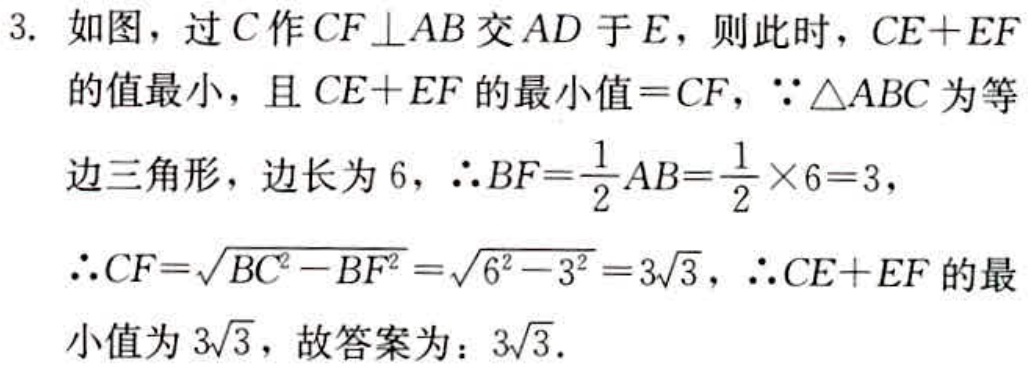
3. 如图，过\(C\)作\(CF\perp AB\)交\(AD\)于\(E\)，则此时，\(CE + EF\)的值最小，且\(CE + EF\)的最小值\(=CF\)，\(\because\triangle ABC\)为等边三角形，边长为\(6\)，\(\therefore BF = \frac{1}{2}AB=\frac{1}{2}\times6 = 3\)，\(\therefore CF=\sqrt{BC^{2}-BF^{2}}=\sqrt{6^{2}-3^{2}} = 3\sqrt{3}\)，\(\therefore CE + EF\)的最小值为\(3\sqrt{3}\)，故答案为：\(3\sqrt{3}\).